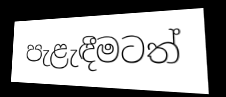
පැළැඳීමටත්